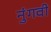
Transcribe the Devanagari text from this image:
नुंगवी